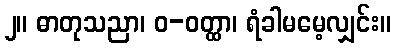
၂။ ဓာတုသညာ၊ ဝ-ဝတ္ထာ၊ ရံခါမမေ့လျှင်း။